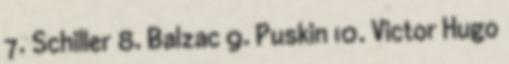
7. Schiller 8. Balzac 9. Puskin 10. Victor Hugo